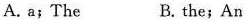
A. a; The B. the; An